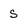
Character: s